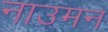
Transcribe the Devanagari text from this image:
नाउमन